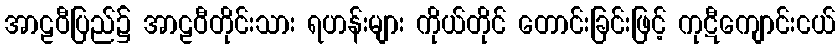
အာဠဝီပြည်၌ အာဠဝီတိုင်းသား ရဟန်းများ ကိုယ်တိုင် တောင်းခြင်းဖြင့် ကုဋီကျောင်းငယ်